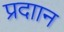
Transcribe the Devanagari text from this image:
प्रदाान